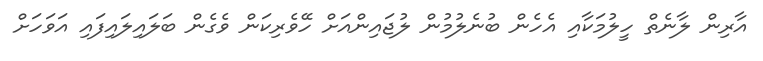
އާރިން ލާނެތް ހީލުމަކާއި އެހެން ބުނެލުމުން ލުޖައިންއަށް ހޭވެރިކަން ވެގެން ބަލައިލައިފައި އަވަހަށް